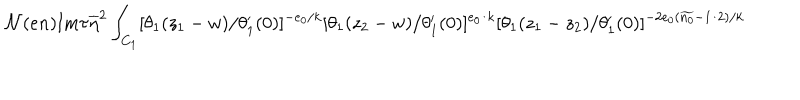
{ \cal N } ( e n ) \mathrm { I m } \tau \overline { { { \eta } } } ^ { 2 } \int _ { C _ { 1 } } [ \theta _ { 1 } ( z _ { 1 } - w ) / \theta _ { 1 } ^ { \prime } ( 0 ) ] ^ { - e _ { 0 } / k } [ \theta _ { 1 } ( z _ { 2 } - w ) / \theta _ { 1 } ^ { \prime } ( 0 ) ] ^ { e _ { 0 } / k } [ \theta _ { 1 } ( z _ { 1 } - z _ { 2 } ) / \theta _ { 1 } ^ { \prime } ( 0 ) ] ^ { - 2 e _ { 0 } ( \widetilde { n _ { 0 } } - 1 / 2 ) / k }